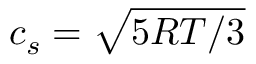
c _ { s } = \sqrt { 5 R T / 3 }